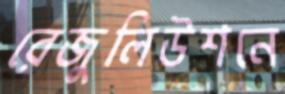
রেজুলিউশনে